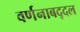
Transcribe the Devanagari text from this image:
वर्णनाबद्दल